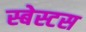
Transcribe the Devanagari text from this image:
स्बेस्टस